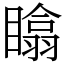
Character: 䁯